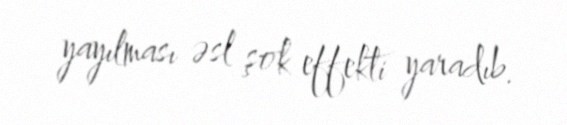
yayılması əsl şok effekti yaradıb.